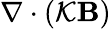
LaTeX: \nabla\cdot({\cal{K}}{\mathbf{B}})